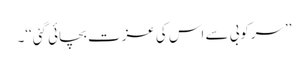
’’سرکوبی سے اس کی عزت بچائی گئی‘‘۔